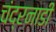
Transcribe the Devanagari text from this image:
चंद्रनाडी